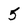
Character: 5